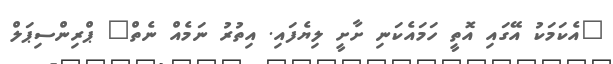
"އެކަމަކު އޭގައި އޮތީ ހަމައެކަނި ށާށީ ލިޔެފައި. އިތުރު ނަމެއް ނެތް" ޕްރިންސިޕަލް